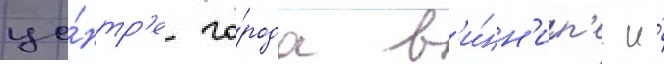
це́нтр'е го́рода в'и́нн'ип'ег и́